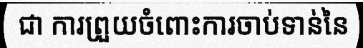
ជា ការព្រួយចំពោះការចាប់ទាន់នៃ